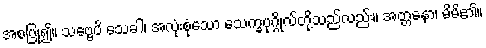
အစပြု၍။ သဗ္ဗေပိ သေခါ၊ အလုံးစုံသော သေက္ခပုဂ္ဂိုလ်တို့သည်လည်း။ အတ္တနော၊ မိမိ၏။